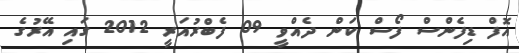
އޮފް ޑިފެންސް ފޯސް ކަން ދެއްވީ 09 ފެބްރުއަރީ 2012 ގައި އޭރުގެ